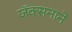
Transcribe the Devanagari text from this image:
जॅक्सनाने